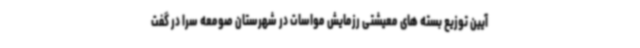
آیین توزیع بسته های معیشتی رزمایش مواسات در شهرستان صومعه سرا در گفت